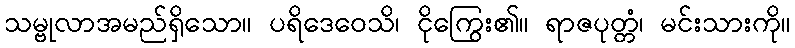
သမ္ဗုလာအမည်ရှိသော။ ပရိဒေဝေသိ၊ ငိုကြွေး၏။ ရာဇပုတ္တံ၊ မင်းသားကို။